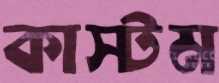
কাস্টম